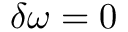
\delta \omega = 0